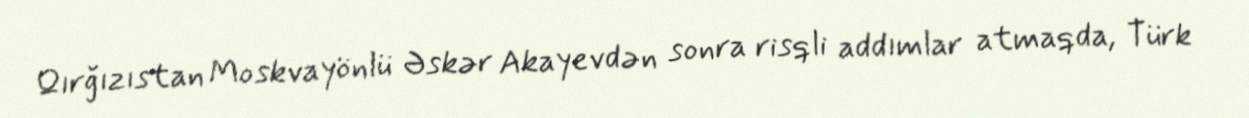
Qırğızıstan Moskvayönlü Əskər Akayevdən sonra risqli addımlar atmaqda, Türk